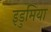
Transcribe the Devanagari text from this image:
इडुमिया